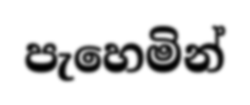
පැහෙමින්